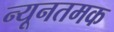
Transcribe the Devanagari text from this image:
न्यूनतमक